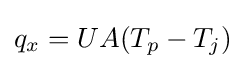
q_{x}=UA(T_{p}-T_{j})